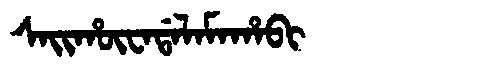
Manchu: ᠰᠠᡳᡥᡡᠸᠠᡩᠠᠯᠠᠮᠠᡥᠠᠪᡳ
Romanization: SAIHŪWADALAMAHABI